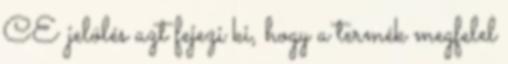
CE jelölés azt fejezi ki, hogy a termék megfelel